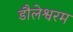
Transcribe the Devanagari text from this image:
डौलेश्वरम